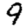
Digit: 9